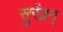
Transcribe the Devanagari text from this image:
सुरेंद्रन्